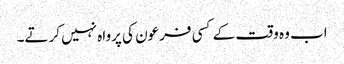
اب وہ وقت کے کسی فرعون کی پرواہ نہیں کرتے۔